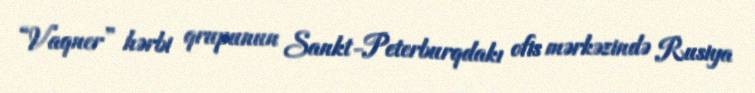
“Vaqner” hərbi qrupunun Sankt-Peterburqdakı ofis mərkəzində Rusiya